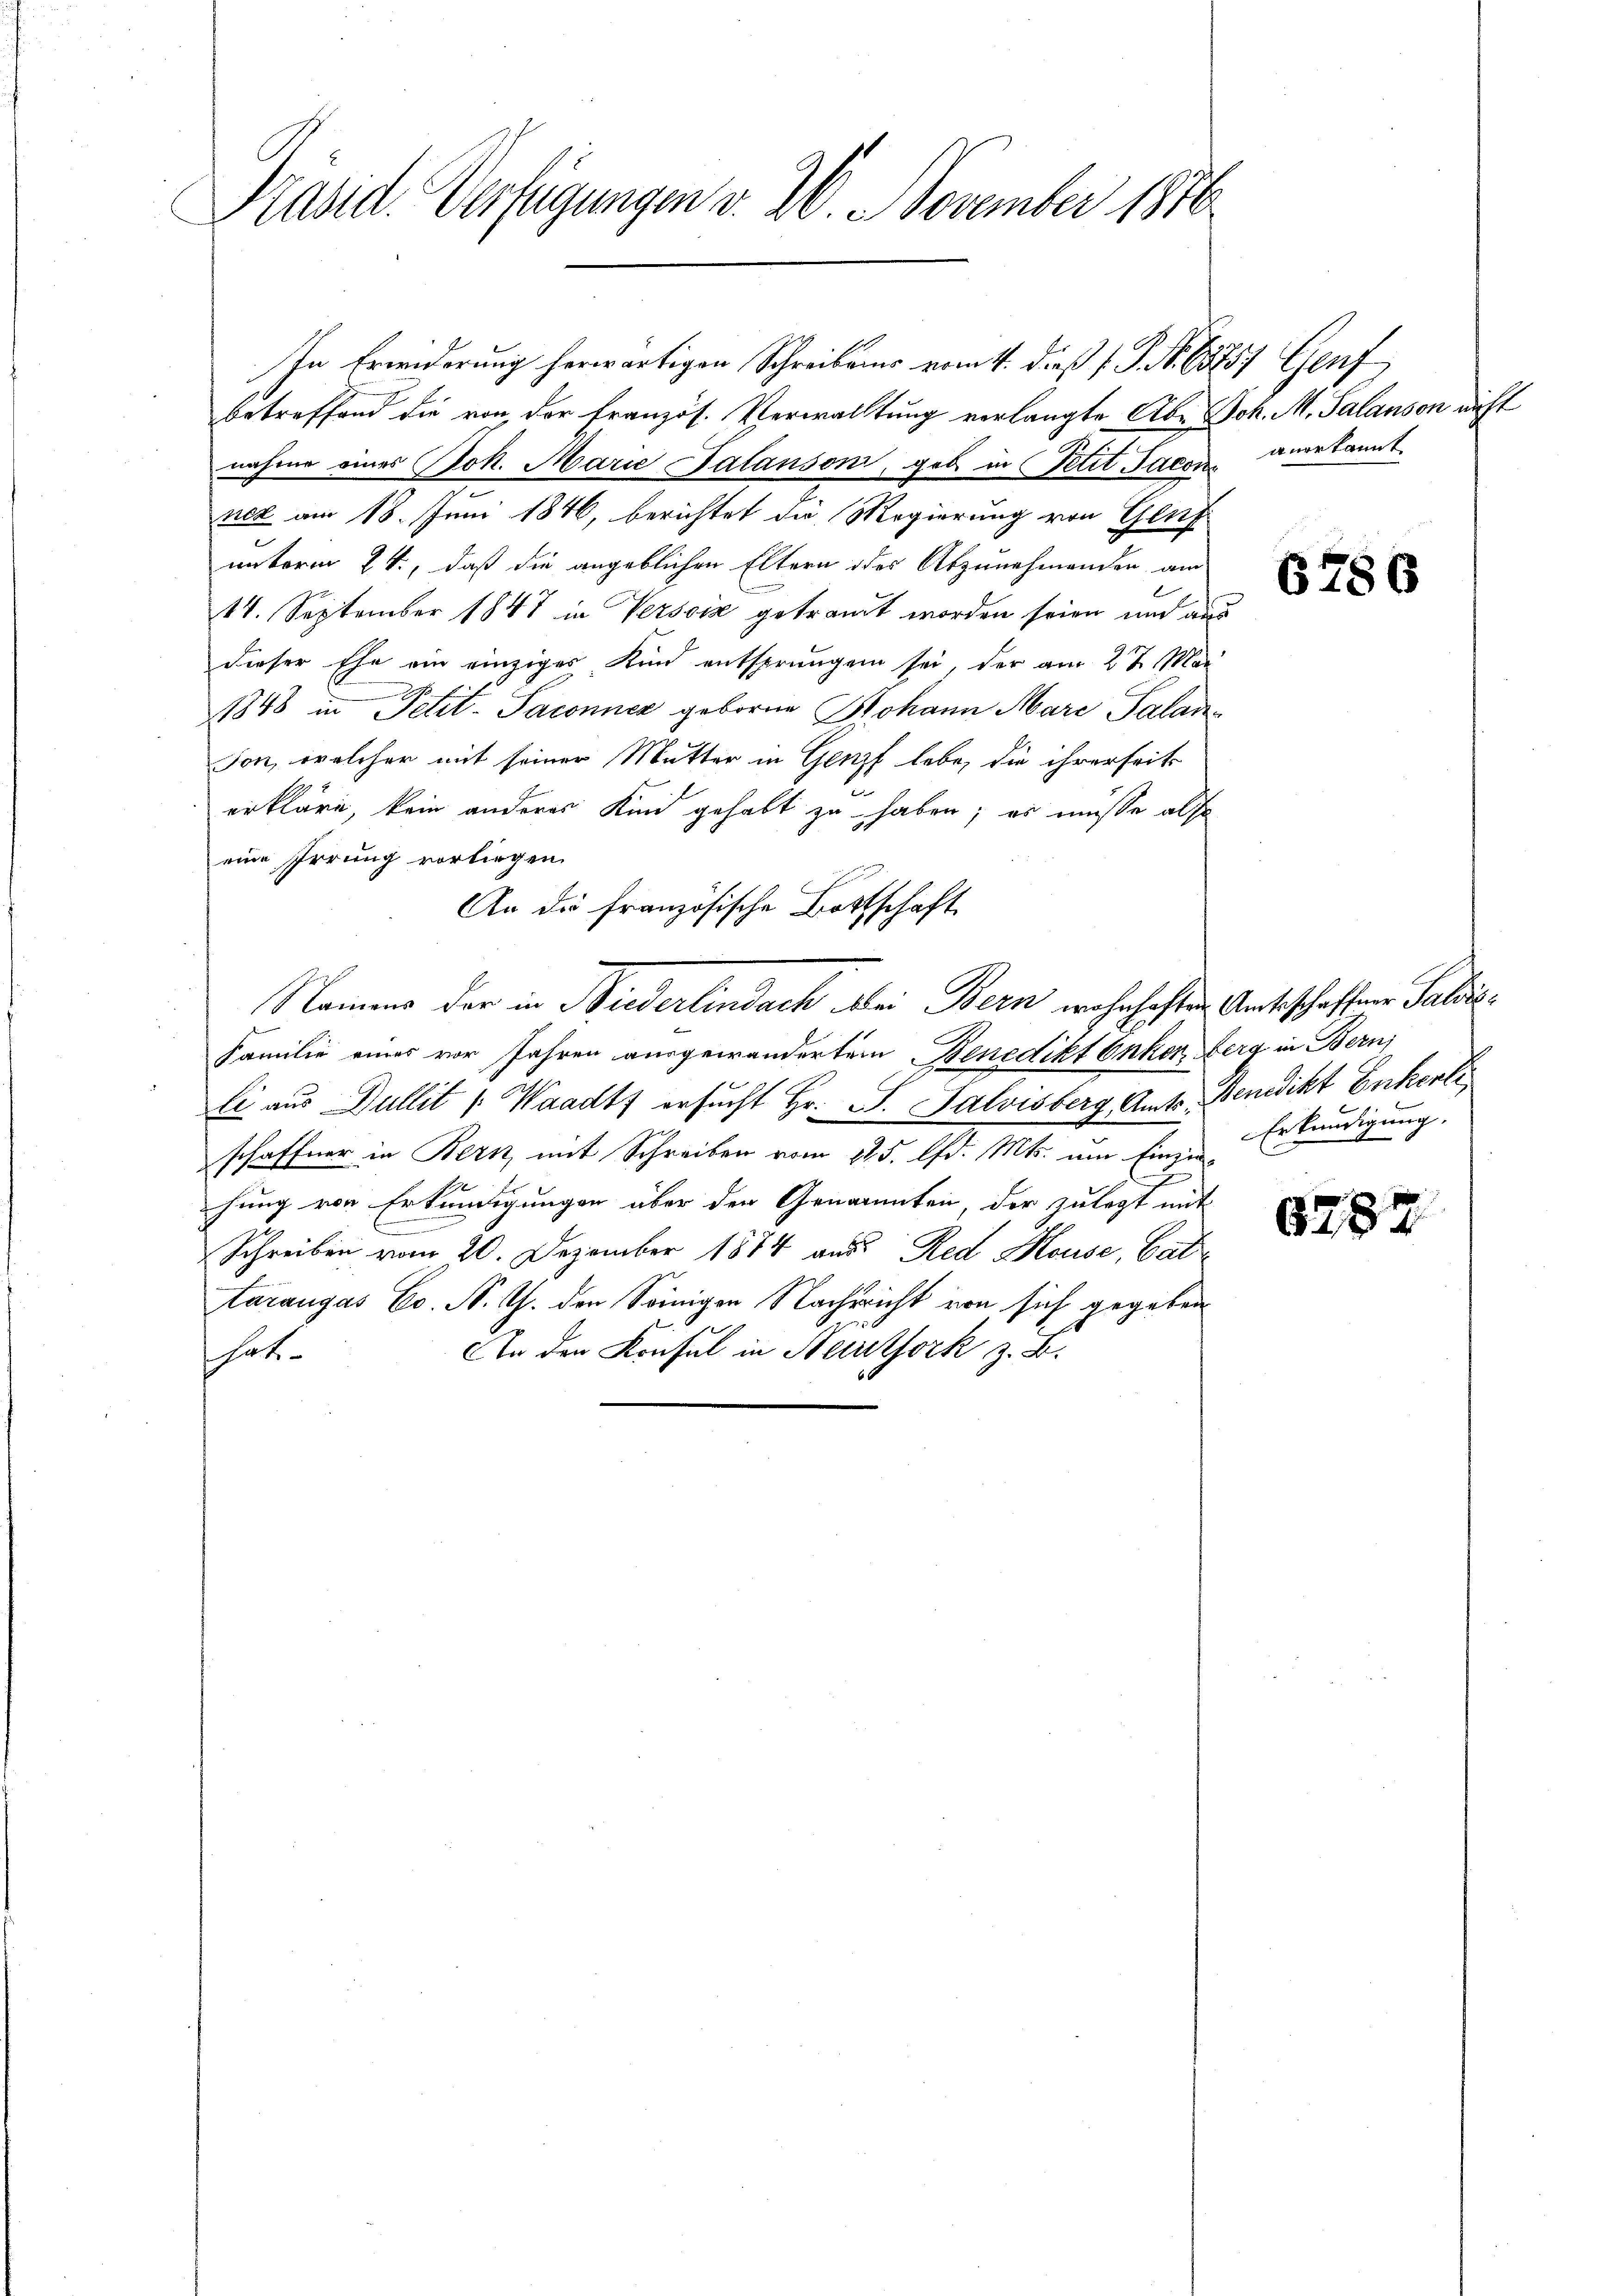
Präsid. Verfügungen v. 26. November 1876

betreffend die von der französ. Verwaltung verlangte Aber Joh. M. Salanson nicht
nahme eines Joh. Marie Palanson, geb. in Petit Jacon anerkannt.
nez am 18. Juni 1846, berichtet die Regierung von Gluf
unterm 2t., daß die angeblichen Eltern des Abzunehmenden am
l
14. September 1847 in Versoiz getraut worden seien und aus
dieser Ehe ein einziges Kind entsprungen sei, der am 27. Mai
1848 in Petit-Saconner geborene Johann Mare Palanson, welcher mit seiner Mutter in Genf lebe, die ihrerseits
erkläre, kein anderes Kind gehabt zu haben; es müsse also
eine Irrung vorliegen.
An die französische Bottschaft
Namens der in Biederlindach bei Bern wahrhaften Amtsschaffene Saldis¬
Familie eines vor Jahren ausgewandertem Benedikt Onker, Berg in Bern,
li aus Dullit Waadt ersŭcht Hr. F. Salvisberg, Amts Benedikt Enkerte
schaffner in Bern, mit Schreiben vom 11.5. d. Mts. um Einze Erkend.
hung von Erkundigungen über den Genannten, der zu legt mit
E
Schreiben vom 20. Dezember 1874 aus Red Mouse, Vate
taraugas Co. N. Z. den Seinigen Nachsicht von sich gegeben
An den Konsul in Neirthork z. B.
hat.

In Erwiderung herwärtigen Schreibens vom 4. dieß P. Nr. 65257 Genf

6786

ung.

8287